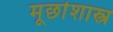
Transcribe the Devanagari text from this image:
मूर्छाशास्त्र